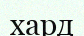
хард